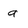
Character: a